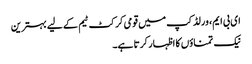
ای بی ایم، ورلڈ کپ میں قومی کرکٹ ٹیم کے لیے بہترین
نیک تمناؤں کا اظہار کرتا ہے۔